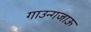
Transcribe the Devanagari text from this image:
गाउन्गजाऊ